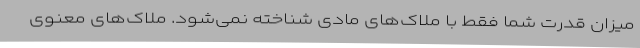
میزان قدرت شما فقط با ملاک‌های مادی شناخته نمی‌شود. ملاک‌های معنوی